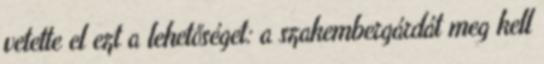
vetette el ezt a lehetőséget: a szakembergárdát meg kell